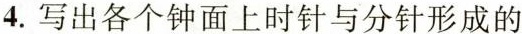
4. 写出各个钟面上时针与分针形成的